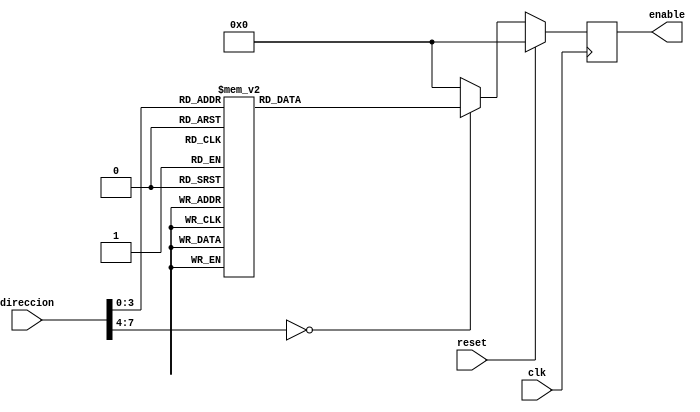
`timescale 1ns / 1ps
//-----------------------------------------------------------------
/*En este modulo se decodifica la activcion de los enable de cada registro que van al VGA con el fin de habilitarlos unicamente cuando estamos
 estamos seguros de que los datos son los correctos  */
//-------------------------------------------------------------------
module decodificador_enable(
input wire [7:0] direccion,  //la entrada corresponde a la direccion que va recorriendo el picoblaze en las secuencias de lectura y escritura
input reset,clk,
output reg [8:0]enable 
    );

   always @(posedge clk)
      if (reset)
         enable <= 9'h00;
      else
         case (direccion)
            8'b0000  : enable <= 9'b000000001;
            8'b0001  : enable <= 9'b000000010;   //como se observa hay un bit para cada enable en el decodificador
            8'b0010  : enable <= 9'b000000100;
            8'b0011  : enable <= 9'b000001000;
            8'b0100  : enable <= 9'b000010000;
            8'b0101  : enable <= 9'b000100000;
            8'b0110  : enable <= 9'b001000000;
            8'b0111  : enable <= 9'b010000000;
				8'b1000  : enable <= 9'b100000000;
            default :  enable <= 9'b000000000;
         endcase
		
endmodule